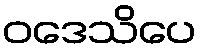
ဝဒေသိပေ